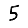
Digit: 5